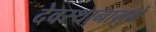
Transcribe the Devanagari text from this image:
देवस्थानामुळे